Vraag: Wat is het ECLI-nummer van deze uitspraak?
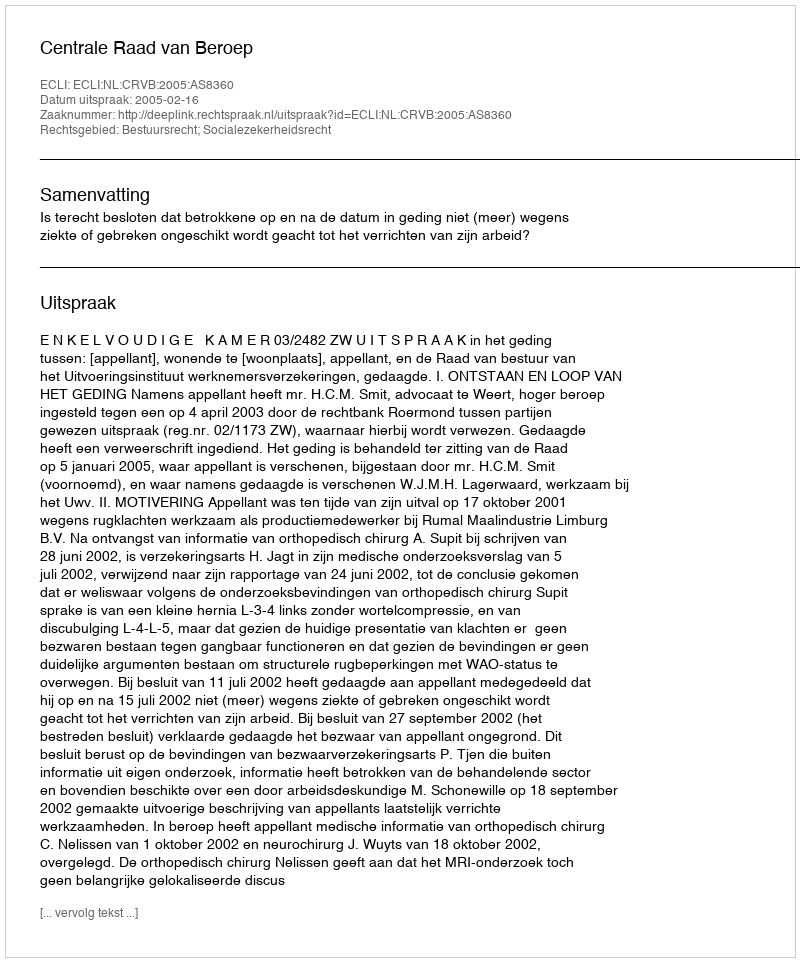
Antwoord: ECLI:NL:CRVB:2005:AS8360